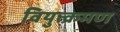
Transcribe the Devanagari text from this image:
वियुत्क्रमण